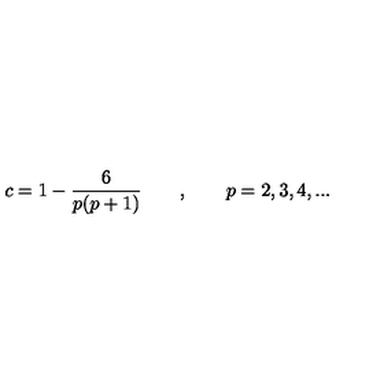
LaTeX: c = 1 - \frac { 6 } { p ( p + 1 ) } \qquad , \qquad p = 2 , 3 , 4 , . . .